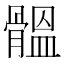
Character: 䯠